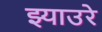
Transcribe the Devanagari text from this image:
झ्याउरे